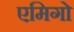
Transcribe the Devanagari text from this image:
एमिगो